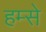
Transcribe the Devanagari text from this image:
हम्से